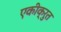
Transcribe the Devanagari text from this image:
एकीक्रुत